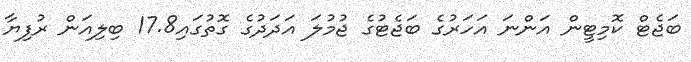
ބަޖެޓް ކޮމިޓީން އަންނަ އަހަރުގެ ބަޖެޓުގެ ޖުމުލަ އަދަދުގެ ގޮތުގައި17.8 ބިލިއަން ރުފިޔާ